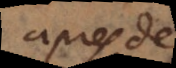
aupres de